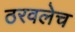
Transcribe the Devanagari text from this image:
ठरवलेच